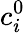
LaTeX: c_{i}^{0}